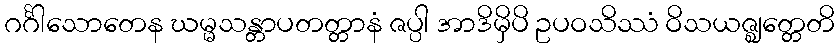
ဂင်္ဂါသောတေန ဃမ္မသန္တာပတတ္တာနံ ဇပ္ပါ အာဒိမှိပိ ဥပဝသိဿံ ဝိသယဇ္ဈတ္တေတိ